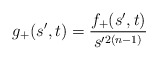
\begin{align*}g_{+} (s',t) = \frac{f_{+}(s',t)}{s'^{2(n-1)}}\end{align*}